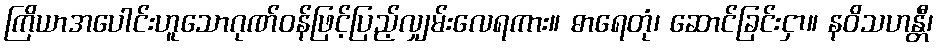
ကြိယာအပေါင်းဟူသောဂုဏ်ဝန်ဖြင့်ပြည့်လျှမ်းလေရကား။ ဓာရေတုံ၊ ဆောင်ခြင်းငှာ။ နဝိသဟန္တီ၊